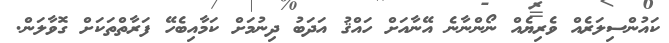
ކައުންސިލަރެއް ވެރިޔެއް ނޯންނާނެ އޭނާއަށް ހައްޤު އަދަބު ދިނުމަށް ކަމާއިބެހޭ ފަރާތްތަކަށް ގޮވާލަން.